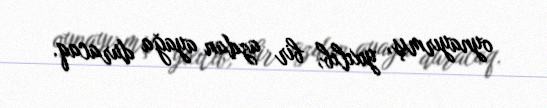
oynayırmış, yıxılıb, bir azdan ayağa duracaq.